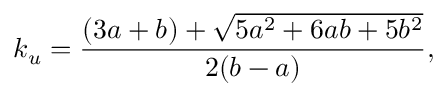
k _ { u } = \frac { ( 3 a + b ) + \sqrt { 5 a ^ { 2 } + 6 a b + 5 b ^ { 2 } } } { 2 ( b - a ) } ,